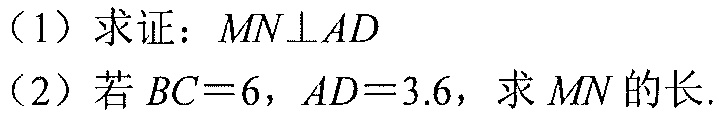
（1）求证：\(MN\perp AD\)
（2）若\(BC = 6\)，\(AD = 3.6\)，求\(MN\)的长.